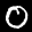
Label: 0